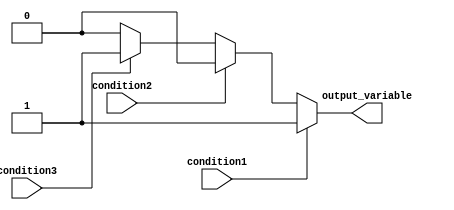
module conditional_assignment (
    input wire condition1,
    input wire condition2,
    input wire condition3,
    output reg output_variable
);

always @* begin
    if (condition1) begin
        output_variable = 1;
    end else if (condition2) begin
        output_variable = 2;
    end else if (condition3) begin
        output_variable = 3;
    end else begin
        output_variable = 0;
    end
end

endmodule